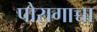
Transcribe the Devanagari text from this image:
पोरागाच्चा